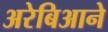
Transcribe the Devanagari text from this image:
अरेबिआने